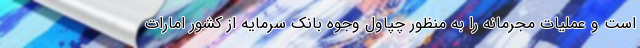
است و عملیات مجرمانه را به منظور چپاول وجوه بانک سرمایه از کشور امارات